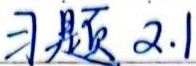
习题 2.1